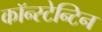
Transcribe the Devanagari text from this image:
कॉन्स्टेन्टिन